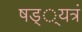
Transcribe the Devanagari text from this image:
षड््यत्रं